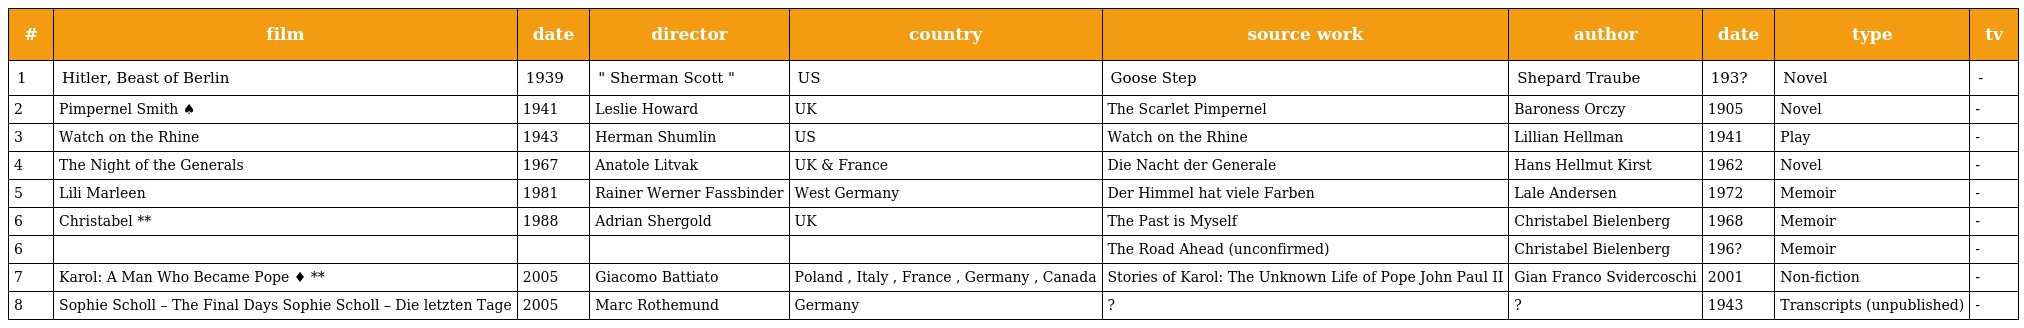
| # | film | date | director | country | source work | author | date | type | tv |
 | --- | --- | --- | --- | --- | --- | --- | --- | --- | --- |
 | 1 | Hitler, Beast of Berlin | 1939 | " Sherman Scott " | US | Goose Step | Shepard Traube | 193? | Novel | - |
 | 2 | Pimpernel Smith ♠ | 1941 | Leslie Howard | UK | The Scarlet Pimpernel | Baroness Orczy | 1905 | Novel | - |
 | 3 | Watch on the Rhine | 1943 | Herman Shumlin | US | Watch on the Rhine | Lillian Hellman | 1941 | Play | - |
 | 4 | The Night of the Generals | 1967 | Anatole Litvak | UK & France | Die Nacht der Generale | Hans Hellmut Kirst | 1962 | Novel | - |
 | 5 | Lili Marleen | 1981 | Rainer Werner Fassbinder | West Germany | Der Himmel hat viele Farben | Lale Andersen | 1972 | Memoir | - |
 | 6 | Christabel ** | 1988 | Adrian Shergold | UK | The Past is Myself | Christabel Bielenberg | 1968 | Memoir | - |
 | 6 |  |  |  |  | The Road Ahead (unconfirmed) | Christabel Bielenberg | 196? | Memoir | - |
 | 7 | Karol: A Man Who Became Pope ♦ ** | 2005 | Giacomo Battiato | Poland , Italy , France , Germany , Canada | Stories of Karol: The Unknown Life of Pope John Paul II | Gian Franco Svidercoschi | 2001 | Non-fiction | - |
 | 8 | Sophie Scholl – The Final Days Sophie Scholl – Die letzten Tage | 2005 | Marc Rothemund | Germany | ? | ? | 1943 | Transcripts (unpublished) | - |